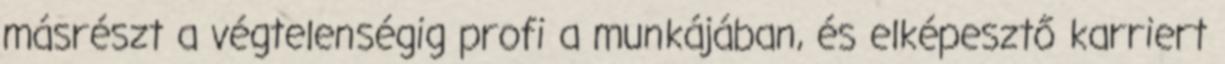
másrészt a végtelenségig profi a munkájában, és elképesztő karriert